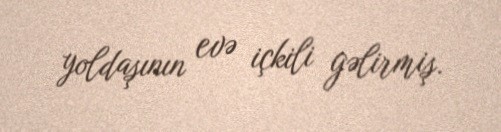
yoldaşının evə içkili gəlirmiş.